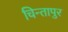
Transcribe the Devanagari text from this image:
चिन्तापुर